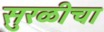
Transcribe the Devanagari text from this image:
सुरळीचा